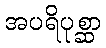
အပရိပုစ္ဆာ